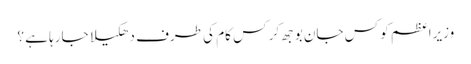
وزیراعظم کو کس جان بوجھ کر کس کام کی طرف دھکیلا جارہا ہے ؟